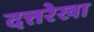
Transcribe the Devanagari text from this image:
दत्तरेखा